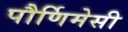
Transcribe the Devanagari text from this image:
पौर्णिमेसी